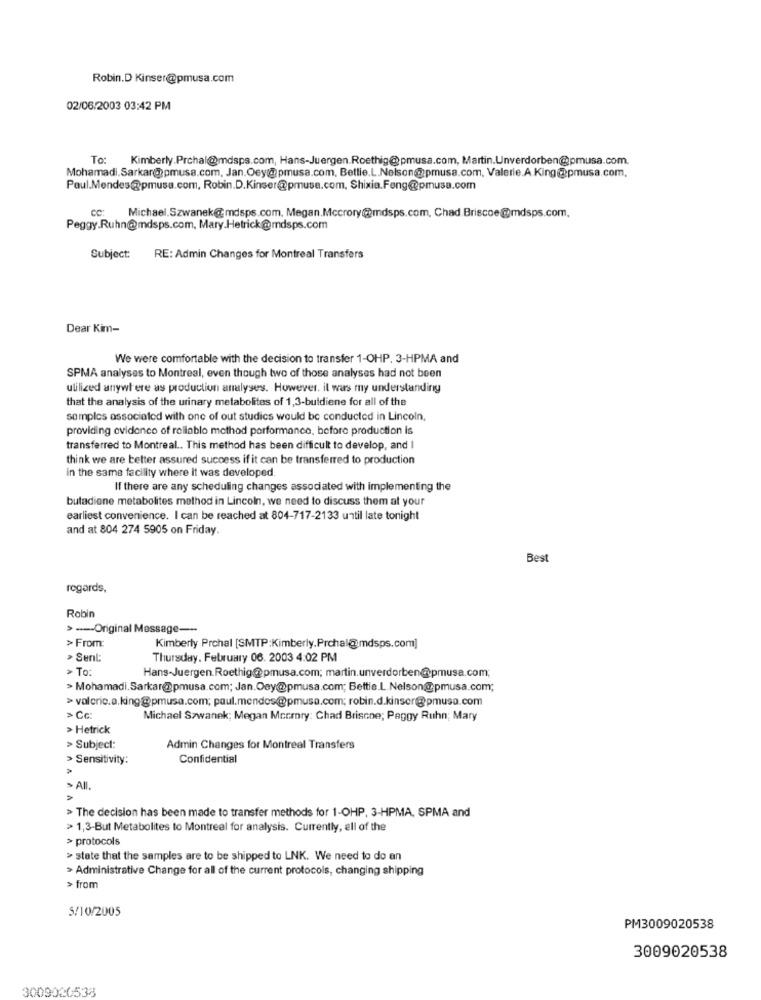
Robin.D Kinser@pmusa.com
02/06/2003 03:42 PM
To: Kimberly.Prchal@mdspa.com, Hans-Juergen.Roethig@pmusa.com, Martin.Unverdorben@pmusa.com.
Mohamadi.Sarkar@pmusa.com, Jan.Oey@ pmusa.com, Betlie.L.Nelson@pmusa.com, Valerie.A King@pmusa.com.
Paul.Mendes@pmusa.com, Robin.D.Kinser@pmuse.com, Shixia.Feng@pmusa.com
CC:
Michael.Szwanek@mdsps.com. Megan.Mccrory@mdsps.com, Chad Briscoe@mdsps.com.
Peggy.Ruhn@mdsps.com, Mary.Hetrick@mdsps.com
Subject:
RE: Admin Changes for Montreal Transfers
Dear Kim-
We were comfortable with the decision to transfer 1-OHP. 3-HPMA and
SPMA analyses to Montreal, even though two of those analyses had not been
utilized anywhere as production analyses. However. it was my understanding
that the analysis of the urinary metabolites of 1,3-buldiene for all of the
samples associated with one of out studics would be conducted in Lincoln,
providing ovidonco of rellablo method performance, before production is
transferred to Montreal .. This method has been difficult to develop, and I
think we are better assured success if it can be transferred to production
In the same facility where it was developed
If there are any scheduling changes associated with implementing the
butadiene metabolites method in Lincoln, we need to discuss them at your
earliest convenience. I can be reached at 804-717-2133 until late tonight
and at 804 274 5905 on Friday.
Best
regards,
Robin
> ---- Original Message --
> From:
Kimberly Prchal [SMTP:Kimberly.Prchal@mdsps.com]
Sent:
Thursday, February 06. 2003 4:02 PM
> To:
Hans-Juergen Roethig@pmusa.com; martin.unverdorben@pmusa.com;
> Mohamadi. Sarkar@pmusa.com; Jan.Oey@pmusa.com; Bettie.L.Nelson@pmusa.com;
> valoric.a.king@pmusa.com; paul.mendos@pmusa.com; robin.d.kinscr@pmusa.com
> Cc:
Michael Szwanek; Megan Mccmry: Chad Briscne; Peggy Ruhn; Mary
> Hetrick
> Subject:
Admin Changes for Montreal Transfers
>Sensitivity:
Confidential
>
- All
> The decision has been made to transfer methods for 1-OHP, 3-HPMA, SPMA and
> 1,3-But Metabolites to Montreal for analysis. Currently, ell of the
> protocols
> state that the samples are to be shipped to LNK. We need to do an
> Administrative Change for all of the current protocols, changing shipping
> from
5/10/2005
PM3009020538
3009020538
3009020538